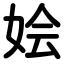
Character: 妘